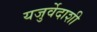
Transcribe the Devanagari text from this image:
यजुर्वेदाशी